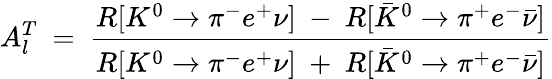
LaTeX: A_{l}^{T}\ =\ \frac{R[K^{0}\to\pi^{-}e^{+}\nu]\ -\ R[\bar{K}^{0}\to\pi^{+}e^{-}\bar{\nu}]}{R[K^{0}\to\pi^{-}e^{+}\nu]\ +\ R[\bar{K}^{0}\to\pi^{+}e^{-}\bar{\nu}]}